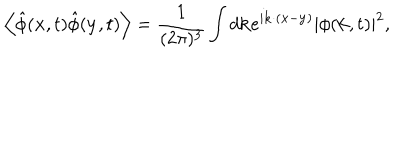
LaTeX: \left< \hat { \phi } ( { \bf x } , t ) \hat { \phi } ( { \bf y } , t ) \right> = \frac { 1 } { ( 2 \pi ) ^ { 3 } } \int d { \bf k } e ^ { i { \bf k } \cdot ( { \bf x } - { \bf y } ) } | \phi ( { \bf k } , t ) | ^ { 2 } ,